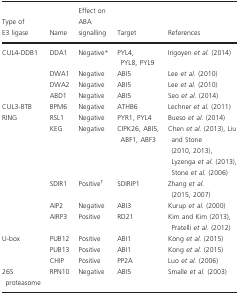
| Type of E3 ligase | Name | Effect on ABA signalling | Target | References |
 | --- | --- | --- | --- | --- |
 | <ROWSPAN=4> CUL4‐DDB1 | DDA1 | Negativea | PYL4, PYL8, PYL9 | Irigoyen et al. (2014) |
 | DWA1 | Negative | ABI5 | Lee et al. (2010) |
 | DWA2 | Negative | ABI5 | Lee et al. (2010) |
 | ABD1 | Negative | ABI5 | Seo et al. (2014) |
 | CUL3‐BTB | BPM6 | Negative | ATHB6 | Lechner et al. (2011) |
 | <ROWSPAN=5> RING | RSL1 | Negative | PYR1, PYL4 | Bueso et al. (2014) |
 | KEG | Negative | CIPK26, ABI5, ABF1, ABF3 | Chen et al. (2013), Liu and Stone (2010, 2013), Lyzenga et al. (2013), Stone et al. (2006) |
 | SDIR1 | Positiveb | SDIRIP1 | Zhang et al. (2015, 2007) |
 | AIP2 | Negative | ABI3 | Kurup et al. (2000) |
 | AIRP3 | Positive | RD21 | Kim and Kim (2013), Pratelli et al. (2012) |
 | <ROWSPAN=3> U‐box | PUB12 | Positive | ABI1 | Kong et al. (2015) |
 | PUB13 | Positive | ABI1 | Kong et al. (2015) |
 | CHIP | Positive | PP2A | Luo et al. (2006) |
 | 26S proteasome | RPN10 | Negative | ABI5 | Smalle et al. (2003) |